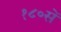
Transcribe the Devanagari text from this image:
१८०सें